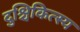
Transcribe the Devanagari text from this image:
दुश्चिकित्स्य